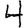
Digit: 4